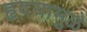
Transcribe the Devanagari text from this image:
हृदयामुळे